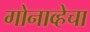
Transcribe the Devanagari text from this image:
गोनाव्हेचा